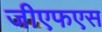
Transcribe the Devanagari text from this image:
जीएफएस